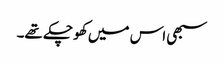
سبھی اس میں کھو چکے تھے۔